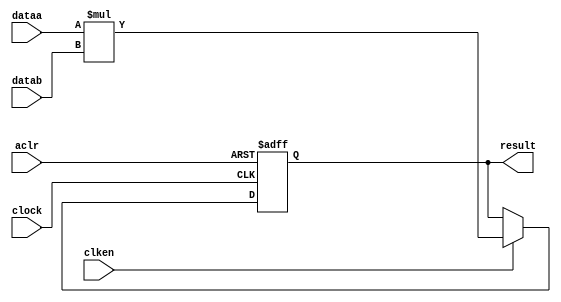
//lpm_mult CBX_DECLARE_ALL_CONNECTED_PORTS="OFF" DEDICATED_MULTIPLIER_CIRCUITRY="YES" DEVICE_FAMILY="Cyclone V" DSP_BLOCK_BALANCING="Auto" LPM_PIPELINE=1 LPM_REPRESENTATION="UNSIGNED" LPM_WIDTHA=25 LPM_WIDTHB=10 LPM_WIDTHP=35 aclr clken clock dataa datab result CARRY_CHAIN="MANUAL" CARRY_CHAIN_LENGTH=48
//VERSION_BEGIN 17.1 cbx_cycloneii 2017:10:25:18:06:53:SJ cbx_lpm_add_sub 2017:10:25:18:06:53:SJ cbx_lpm_mult 2017:10:25:18:06:53:SJ cbx_mgl 2017:10:25:18:08:29:SJ cbx_nadder 2017:10:25:18:06:53:SJ cbx_padd 2017:10:25:18:06:53:SJ cbx_stratix 2017:10:25:18:06:53:SJ cbx_stratixii 2017:10:25:18:06:53:SJ cbx_util_mgl 2017:10:25:18:06:53:SJ  VERSION_END
// synthesis VERILOG_INPUT_VERSION VERILOG_2001
// altera message_off 10463



// Copyright (C) 2017  Intel Corporation. All rights reserved.
//  Your use of Intel Corporation's design tools, logic functions 
//  and other software and tools, and its AMPP partner logic 
//  functions, and any output files from any of the foregoing 
//  (including device programming or simulation files), and any 
//  associated documentation or information are expressly subject 
//  to the terms and conditions of the Intel Program License 
//  Subscription Agreement, the Intel Quartus Prime License Agreement,
//  the Intel FPGA IP License Agreement, or other applicable license
//  agreement, including, without limitation, that your use is for
//  the sole purpose of programming logic devices manufactured by
//  Intel and sold by Intel or its authorized distributors.  Please
//  refer to the applicable agreement for further details.



//synthesis_resources = 
//synopsys translate_off
`timescale 1 ps / 1 ps
//synopsys translate_on
module  mult_k5s
	( 
	aclr,
	clken,
	clock,
	dataa,
	datab,
	result) /* synthesis synthesis_clearbox=1 */;
	input   aclr;
	input   clken;
	input   clock;
	input   [24:0]  dataa;
	input   [9:0]  datab;
	output   [34:0]  result;
`ifndef ALTERA_RESERVED_QIS
// synopsys translate_off
`endif
	tri0   aclr;
	tri1   clken;
	tri0   clock;
`ifndef ALTERA_RESERVED_QIS
// synopsys translate_on
`endif

	reg  [34:0]  result_output_reg;
	wire [24:0]    dataa_wire;
	wire [9:0]    datab_wire;
	wire [34:0]    result_wire;


	// synopsys translate_off
	initial
		result_output_reg = 0;
	// synopsys translate_on
	always @(posedge clock or posedge aclr)
		if (aclr == 1'b1)
			result_output_reg <= 35'b0;
		else
			if (clken == 1'b1)
				result_output_reg <= result_wire[34:0];

	assign dataa_wire = dataa;
	assign datab_wire = datab;
	assign result_wire = dataa_wire * datab_wire;
	assign result = ({result_output_reg});

endmodule //mult_k5s
//VALID FILE